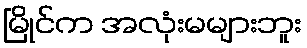
မြိုင်က အလုံးမများဘူး